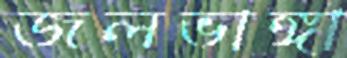
জলভাঙ্গা